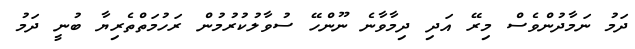
ދަމު ނަމާދުންވެސް މިރޭ އަދި ދިމާވާނެ ނޫންހޭ ސުވާލުކުރުމުން ރަހުމަތްތެރިޔާ ބުނީ ދަމު